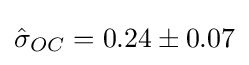
{\hat {\sigma }}_{OC}=0.24\pm 0.07